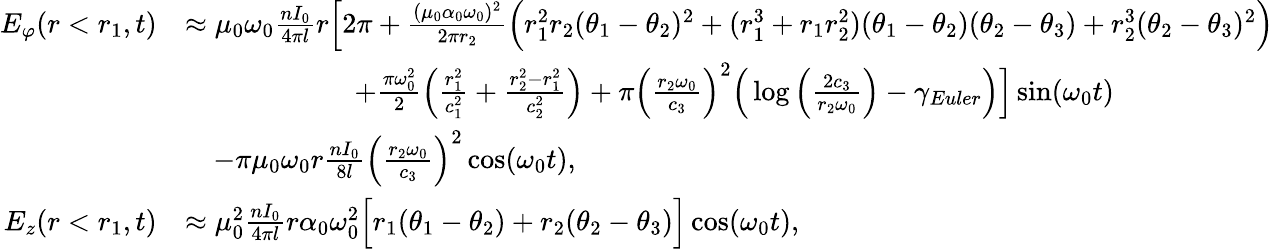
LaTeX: \begin{array}{rl}{E_{\varphi}(r<r_{1},t)}&{\approx\mu_{0}\omega_{0}\frac{nI_{0}}{4\pi l}r\Big[2\pi+\frac{(\mu_{0}\alpha_{0}\omega_{0})^{2}}{2\pi r_{2}}\Big(r_{1}^{2}r_{2}(\theta_{1}-\theta_{2})^{2}+(r_{1}^{3}+r_{1}r_{2}^{2})(\theta_{1}-\theta_{2})(\theta_{2}-\theta_{3})+r_{2}^{3}(\theta_{2}-\theta_{3})^{2}\Big)}\\ &{\qquad\qquad\qquad+\frac{\pi\omega_{0}^{2}}{2}\Big(\frac{r_{1}^{2}}{c_{1}^{2}}+\frac{r_{2}^{2}-r_{1}^{2}}{c_{2}^{2}}\Big)+\pi\Big(\frac{r_{2}\omega_{0}}{c_{3}}\Big)^{2}\Big(\log\Big(\frac{2c_{3}}{r_{2}\omega_{0}}\Big)-\gamma_{Euler}\Big)\Big]\sin(\omega_{0}t)}\\ &{\quad-\pi\mu_{0}\omega_{0}r\frac{nI_{0}}{8l}\Big(\frac{r_{2}\omega_{0}}{c_{3}}\Big)^{2}\cos(\omega_{0}t),}\\ {E_{z}(r<r_{1},t)}&{\approx\mu_{0}^{2}\frac{nI_{0}}{4\pi l}r\alpha_{0}\omega_{0}^{2}\Big[r_{1}(\theta_{1}-\theta_{2})+r_{2}(\theta_{2}-\theta_{3})\Big]\cos(\omega_{0}t),}\end{array}